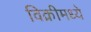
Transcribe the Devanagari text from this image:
विक्रीमध्ये